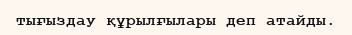
тығыздау құрылғылары деп атайды.